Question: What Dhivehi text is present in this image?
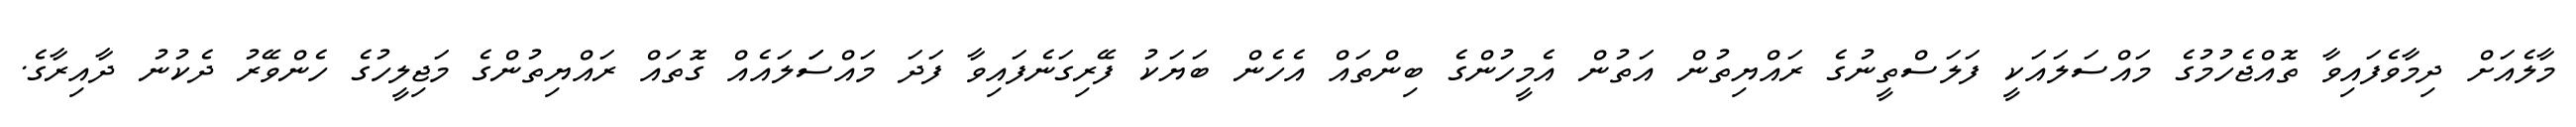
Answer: މާލެއަށް ދިމާވެފައިވާ ތޮއްޖެހުމުގެ މައްސަލައަކީ ފަލަސްތީނުގެ ރައްޔިތުން އަތުން އެމީހުންގެ ބިންތައް އެހެން ބަޔަކު ފޭރިގަނެފައިވާ ފަދަ މައްސަަލައެއް ގޮތައް ރައްޔިތުންގެ މަޖިލީހުގެ ހެންވޭރު ދެކުނު ދާއިރާގެ.